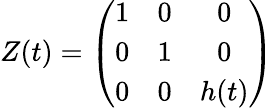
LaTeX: Z(t)=\left(\begin{array}{ccc}{{1}}&{{0}}&{{0}}\\ {{0}}&{{1}}&{{0}}\\ {{0}}&{{0}}&{{h(t)}}\end{array}\right)